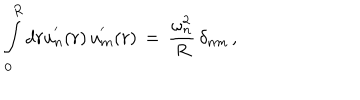
LaTeX: \int _ { 0 } ^ { R } d r u _ { n } ^ { ' } ( r ) \, u _ { m } ^ { ' } ( r ) \, = \, \frac { \omega _ { n } ^ { 2 } } { R } \, \delta _ { n m } \, { , }